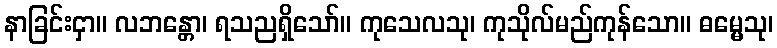
နာခြင်းငှာ။ လဘန္တော၊ ရသညရှိသော်။ ကုသေလသု၊ ကုသိုလ်မည်ကုန်သော။ ဓမ္မေသု၊